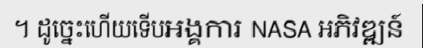
។ ដូច្នេះហើយទើបអង្គការ NASA អភិវឌ្ឍន៍